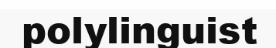
polylinguist